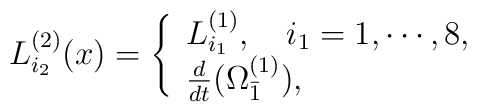
L_{i_2}^{(2)}(x)=\left\{\begin{array}{ll}L_{i_1}^{(1)},\ \ \ i_1 =1,\cdots,8, \\\frac{d}{dt}(\Omega^{(1)}_{\bar 1}),\end{array}\right.